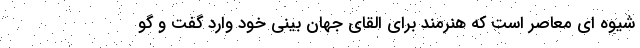
شیوه ای معاصر است که هنرمند برای القای جهان بینی خود وارد گفت و گو